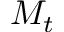
M _ { t }